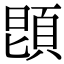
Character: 𩒝